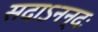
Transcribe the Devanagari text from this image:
सदाऽनन्दः